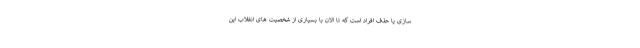
سازی یا حذف افراد است که تا الان با بسیاری از شخصیت های انقلاب این